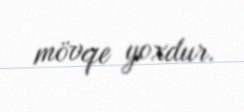
mövqe yoxdur.